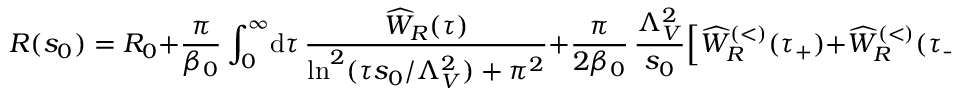
R ( s _ { 0 } ) = R _ { 0 } + \frac { \pi } { \beta _ { 0 } } \int _ { 0 } ^ { \infty } \! \mathrm { d } \tau \, \frac { \widehat W _ { R } ( \tau ) } { \ln ^ { 2 } ( \tau s _ { 0 } / \Lambda _ { V } ^ { 2 } ) + \pi ^ { 2 } } + \frac { \pi } { 2 \beta _ { 0 } } \, \frac { \Lambda _ { V } ^ { 2 } } { s _ { 0 } } \Big [ \widehat W _ { R } ^ { ( < ) } ( \tau _ { + } ) + \widehat W _ { R } ^ { ( < ) } ( \tau _ { - } ) \Big ] \, .